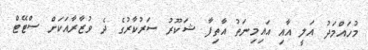
މުހައްމަދު އަލީ އާއި އައިމިނަތު އާތިފާ ޝަކޫރު ސަރުކާރުގެ ދެ ވުޒާރާއަކަށް ސްޓޭޓް